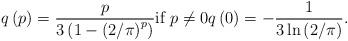
LaTeX: \begin{align*}q\left( p\right) =\frac{p}{3\left( 1-\left( 2/\pi \right) ^{p}\right) }\text{if }p\neq 0q\left( 0\right) =-\frac{1}{3\ln \left( 2/\pi\right) }. \end{align*}